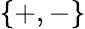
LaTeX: \{ +,-\}